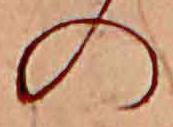
の